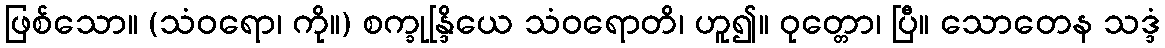
ဖြစ်သော။ (သံဝရော၊ ကို။) စက္ခုန္ဒြိယေ သံဝရောတိ၊ ဟူ၍။ ဝုတ္တော၊ ပြီ။ သောတေန သဒ္ဒံ